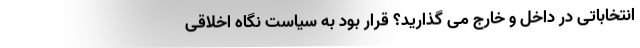
انتخاباتی در داخل و خارج می گذارید؟ قرار بود به سیاست نگاه اخلاقی